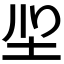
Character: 𭍻